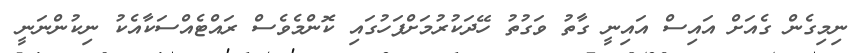
ނިމިގެން ގެއަށް އައިސް އައިނީ ގާތު ވަގުތު ހޭދަކުރުމަށްފަހުގައި ކޮންމެވެސް ރައްޓެއްސަކާއެކު ނިކުންނަނީ